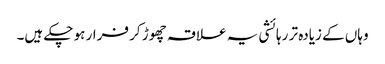
وہاں کے زیادہ تر رہائشی یہ علاقہ چھوڑ کر فرار ہو چکے ہیں۔